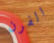
الفرن